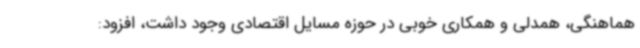
هماهنگی، همدلی و همکاری خوبی در حوزه مسایل اقتصادی وجود داشت، افزود: